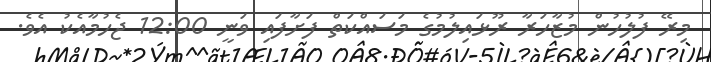
މިރޭ ފުލުހުން މުޒާހަރާ ރޫޅައިލުމުގެ މަސައްކަތް ފަށާފައި ވަނީ 12:00 ޖެހުމާއެކު އެވެ.